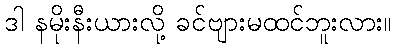
ဒါ နမိုးနီးယားလို့ ခင်ဗျားမထင်ဘူးလား။